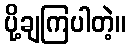
ပို့ချကြပါတဲ့။